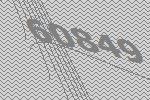
60849